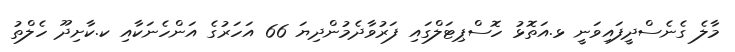
މާލެ ގެނެސްދީފައިވަނީ ޅ.އަތޮޅު ހޮސްޕިޓަލްގައި ފަރުވާދެމުންދިޔަ 66 އަހަރުގެ އަންހެނަކާއި ކ.ކާށިދޫ ހެލްތު